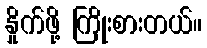
နှိုက်ဖို့ ကြိုးစားတယ်။